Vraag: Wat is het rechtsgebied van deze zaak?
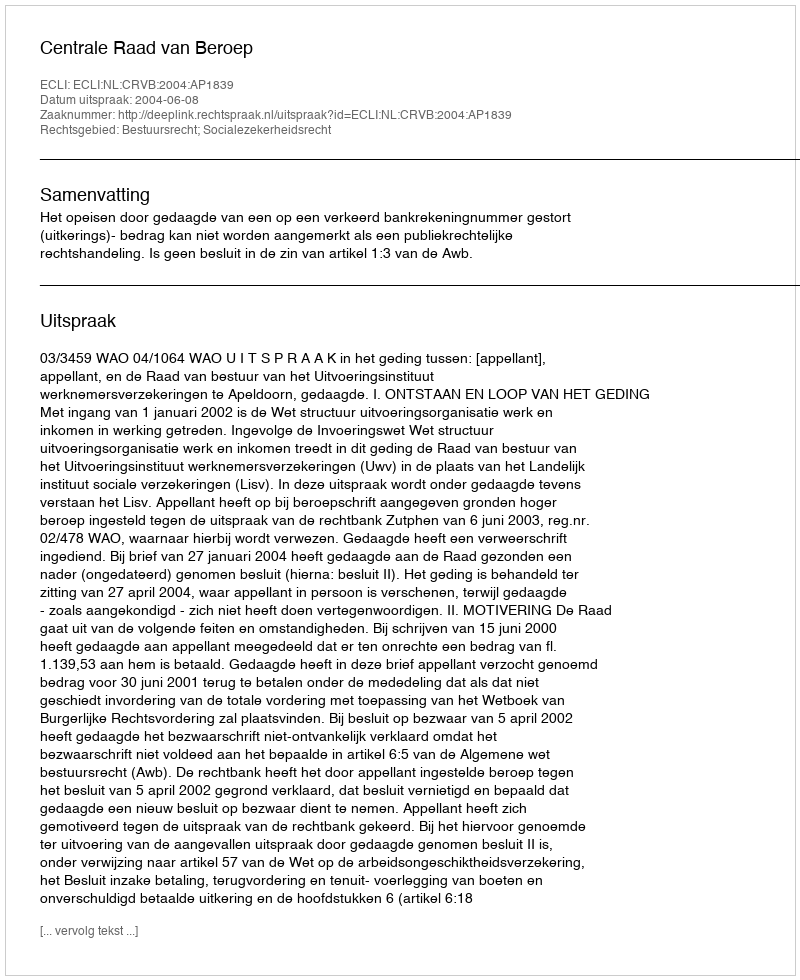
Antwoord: Bestuursrecht; Socialezekerheidsrecht